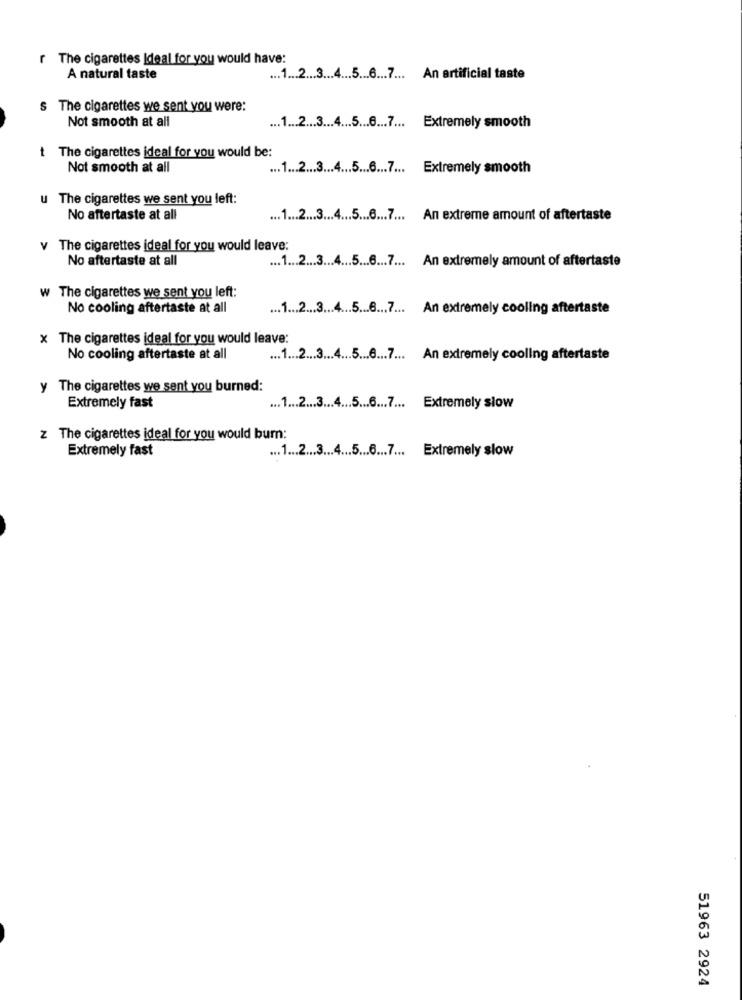
The cigarettes Ideal for you would have:
A natural taste
... 1 ... 2 ... 3 ... 4 ... 5 ... 6 ... 7 ... An artificial taste
s The cigarettes we sent you were:
... 1 ... 2 ... 3 ... 4 ... 5 ....... 7 ... Extremely smooth
Not smooth at all
The cigarettes ideal for you would be:
Not smooth at all
... 1 ... 2 ... 3 ... 4 ... 5 ... 6 ... 7 ... Extremely smooth
u The cigarettes we sent you left:
No aftertaste at all
... 1 ... 2 ... 3 ... 4 ... 5 ... 6 ... 7 ... An extreme amount of aftertaste
The cigarettes ideal for you would leave:
No aftertaste at all
.. 1 ... 2 ... 3 ... 4 ... 5 ....... 7 ... An extremely amount of aftertaste
The cigarettes we sent you left:
No cooling aftertaste at all
... 1 ... 2 ... 3 ... 4 ... 5 ....... 7 ... An extremely cooling aftertaste
x The cigarettes ideal for you would leave:
No cooling aftertaste at all
... 1 ... 2 ... 3 ... 4 ... 5 ....... 7 ... An extremely cooling aftertaste
y The cigarettes we sent you burned:
Extremely fast
... 1 ... 2 ... 3 ... 4 ... 5 ... 6 ... 7 ... Extremely slow
z The cigarettes ideal for you would burn:
Extremely fast
... 1 ... 2 ... 3 ... 4 ... 5 ... 6 ... 7 ... Extremely slow
51963 2924